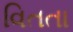
વિતતા